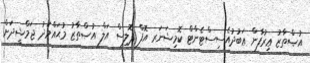
އުޞްތާޒު ޢިރުފާން ޢަބުދުއެސިސްޓެންޓް ކޮމިޝަނަރ އޮފް ޕޮލިސް އަލް އުޞްތާޒު މުޙައްމަދު ޖަމްޝީދަށް